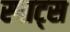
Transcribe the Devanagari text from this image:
स्पाट्स